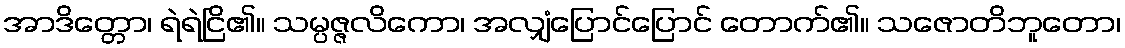
အာဒိတ္တော၊ ရဲရဲငြိ၏။ သမ္ပဇ္ဇလိကော၊ အလျှံပြောင်ပြောင် တောက်၏။ သဇောတိဘူတော၊